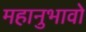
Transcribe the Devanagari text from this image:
महानुभावो